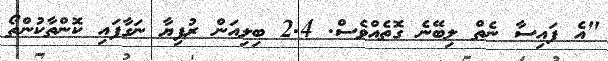
"އެ ފައިސާ ނެތް ލިބޭނެ ގޮތެއްވެސް. 2.4 ބިލިއަން ރުފިޔާ ނަގާފައި ކޮންތާކުންތޯ